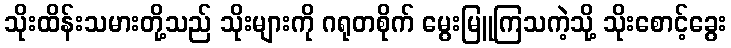
သိုးထိန်းသမားတို့သည် သိုးများကို ဂရုတစိုက် မွေးမြူကြသကဲ့သို့ သိုးစောင့်ခွေး